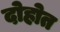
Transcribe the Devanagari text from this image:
दोहोत